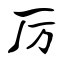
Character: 厉